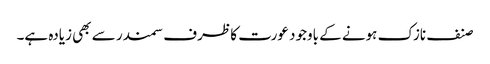
صنف نازک ہونے کے باوجود عورت کا ظرف سمندر سے بھی زیادہ ہے۔